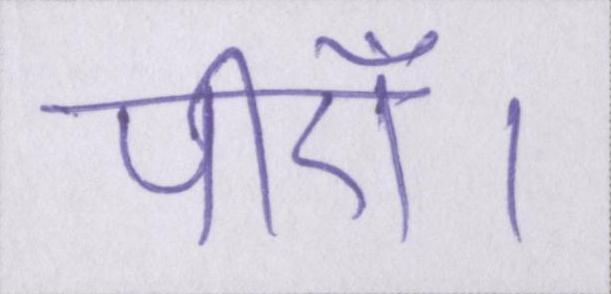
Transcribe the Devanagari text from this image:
पीएँ।